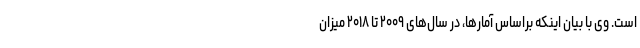
است. وی با بیان اینکه براساس آمارها، در سال‌های ۲۰۰۹ تا ۲۰۱۸ میزان